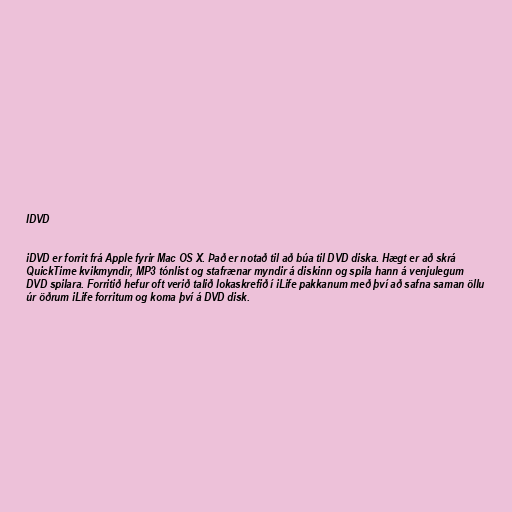
IDVD

iDVD er forrit frá Apple fyrir Mac OS X. Það er notað til að búa til DVD diska. Hægt er að skrá
QuickTime kvikmyndir, MP3 tónlist og stafrænar myndir á diskinn og spila hann á venjulegum
DVD spilara. Forritið hefur oft verið talið lokaskrefið í iLife pakkanum með því að safna saman öllu
úr öðrum iLife forritum og koma því á DVD disk.